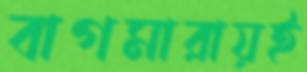
বাগমারায়ই